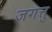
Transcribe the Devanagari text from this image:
जगत्तु